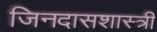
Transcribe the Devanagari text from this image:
जिनदासशास्त्री